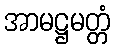
အာမဋ္ဌမတ္တံ